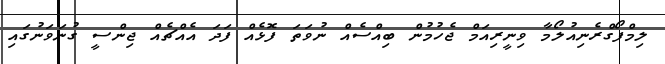
ލިމްފޯގްރެނިއުލޯމާ ވިނީރިއަމް ޖެހުމުން ބިއްސެއް ނުވަތަ ފޮޅެއް ފަދަ އެއްޗެއް ޖިންސީ ގުނަވަނުގައި